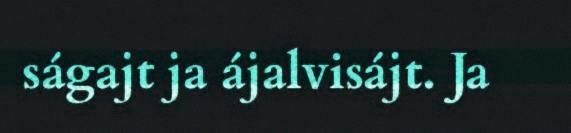
ságajt ja ájalvisájt. Ja